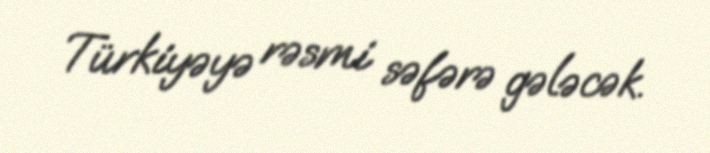
Türkiyəyə rəsmi səfərə gələcək.